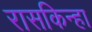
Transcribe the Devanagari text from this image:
रासकिन्हा